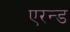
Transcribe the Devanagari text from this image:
एरन्ड